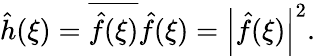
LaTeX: {\hat{h}}(\xi)={\overline{{{\hat{f}}(\xi)}}}{\hat{f}}(\xi)=\left|{\hat{f}}(\xi)\right|^{2}.